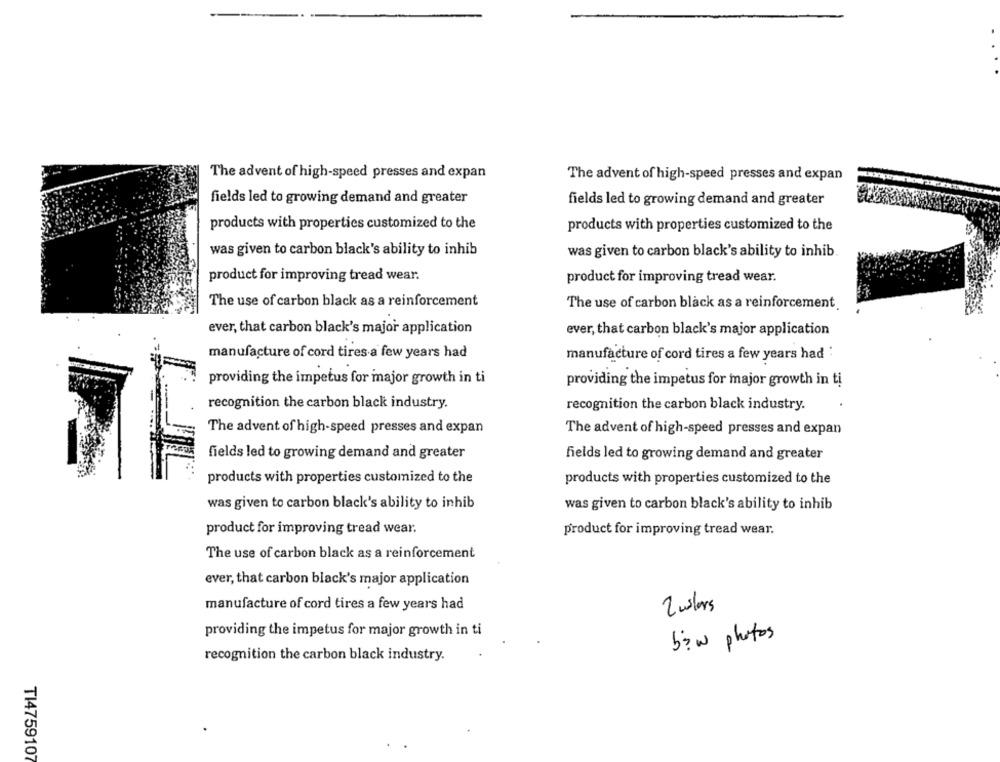
The advent of high-speed presses and expan
The advent of high-speed presses and expan
fields led to growing demand and greater
fields led to growing demand and greater
products with properties customized to the
products with properties customized to the
was given to carbon black's ability to inhib
was given to carbon black's ability to inhib.
product for improving tread wear.
product for improving tread wear.
The use of carbon black as a reinforcement
The use of carbon black as a reinforcement
ever, that carbon black's major application
ever, that carbon black's major application
manufacture of cord tires a few years had
manufacture of cord tires a few years had :
providing the impetus for major growth in ti
providing the impetus for major growth in ti
recognition the carbon black industry.
recognition the carbon black industry.
The advent of high-speed presses and expan
The advent of high-speed presses and expan
fields led to growing demand and greater
fields led to growing demand and greater
products with properties customized to the
products with properties customized to the
was given to carbon black's ability to inhib
was given to carbon black's ability to inhib
product for improving tread wear.
product for improving tread wear.
The use of carbon black as a reinforcement
ever, that carbon black's major application
manufacture of cord tires a few years had
2 wlars
providing the impetus for major growth in ti
bow photos
recognition the carbon black industry.
TI475910